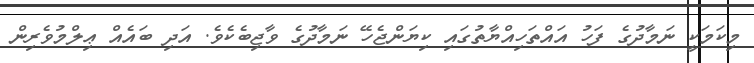
މިކަމަކީ ނަމާދުގެ ފަހު އައްތަހިއްޔާތުގައި ކިޔަންޖެހޭ ނަމާދުގެ ވާޖިބެކެވެ. އަދި ބައެއް ޢިލްމުވެރިން